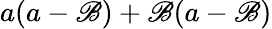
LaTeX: a(a-\mathscr{B})+\mathscr{B}(a-\mathscr{B})